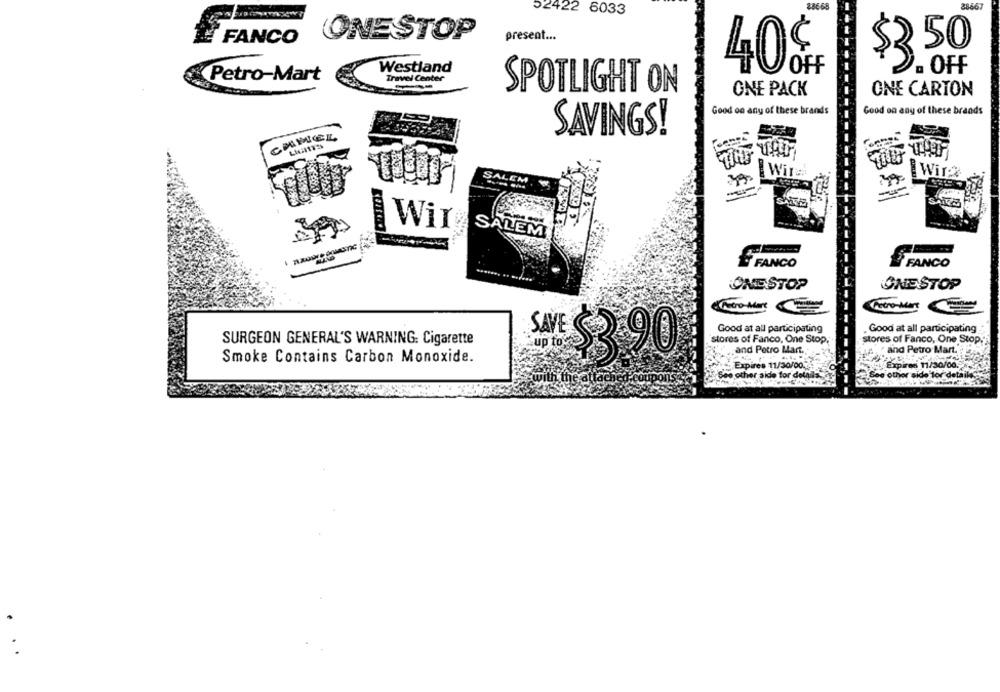
38667
52422 6033
FANCO
ONE STOP
present ...
50
Westland
40%+
- OFF
Petro-Mart
Travel Center
SPOTLIGHT ON
ONE PACK
ONE CARTON
Good on any of these brands
Good on any of these brands
SAVINGS!
CHMIEL
W
SALI
LEM
Wir
Wir
SALEM
& FANCO
FANCO
ONE STOP
ONESTOP
Pero-Mer
SAVE
Good at all participating
Good at all participating
stores of Fanco, One Stop,
stores of Fanco, One Stop."
SURGEON GENERAL'S WARNING: Cigarette
and Petro Mart.
and Petro Mart.
Smoke Contains Carbon Monoxide.
$3 90
Expires 11/30/00.3
Expires 11/30/00.
other side for delna
o other
side for details